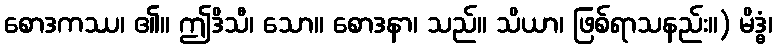
စောဒကဿ၊ ၏။ ဤဒိသီ၊ သော။ စောဒနာ၊ သည်။ သိယာ၊ ဖြစ်ရာသနည်း။) မိဒ္ဓံ၊